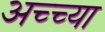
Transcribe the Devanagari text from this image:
अच्च्या